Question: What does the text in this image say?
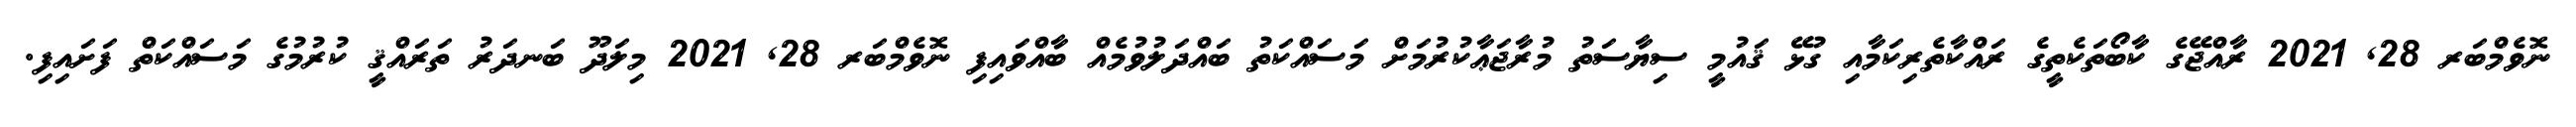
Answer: ނޮވެމްބަރ 28, 2021 ރާއްޖޭގެ ކާބޯތަކެތީގެ ރައްކާތެރިކަމާއި ގުޅޭ ޤައުމީ ސިޔާސަތު މުރާޖަޢާކުރުމަށް މަސައްކަތު ބައްދަލުވުމެއް ބާއްވައިފި ނޮވެމްބަރ 28, 2021 މިލަދޫ ބަނދަރު ތަރައްޤީ ކުރުމުގެ މަސައްކަތް ފަށައިފި.